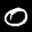
Label: 0